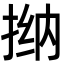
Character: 𫽀